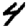
Digit: 4